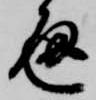
通